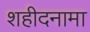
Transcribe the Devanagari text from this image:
शहीदनामा